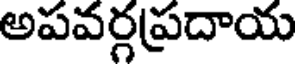
అపవర్గప్రదాయ